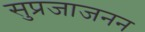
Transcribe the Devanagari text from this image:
सुप्रजाजनन